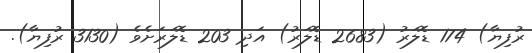
ރުފިޔާ) 174 ޑޮލަރު (2683 ޑޮލަރު) އަދި 203 ޑޮލަރަށެވެ (3130 ރުފިޔާ).